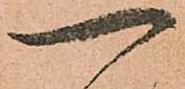
一